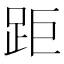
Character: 距